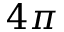
4 \pi